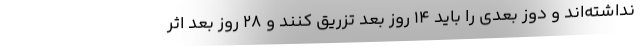
نداشته‌اند و دوز بعدی را باید ۱۴ روز بعد تزریق کنند و ۲۸ روز بعد اثر